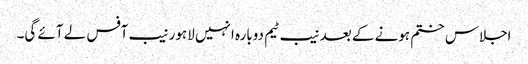
اجلاس ختم ہونے کے بعد نیب ٹیم دوبارہ انہیں لاہور نیب آفس لے آئے گی۔